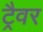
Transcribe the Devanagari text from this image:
ट्रैवर